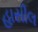
હાસીલ